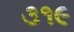
૩૧૯